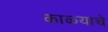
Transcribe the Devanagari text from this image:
काळ्याचे